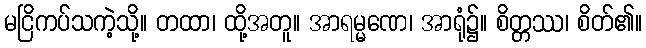
မငြိကပ်သကဲ့သို့။ တထာ၊ ထို့အတူ။ အာရမ္မဏေ၊ အာရုံ၌။ စိတ္တဿ၊ စိတ်၏။